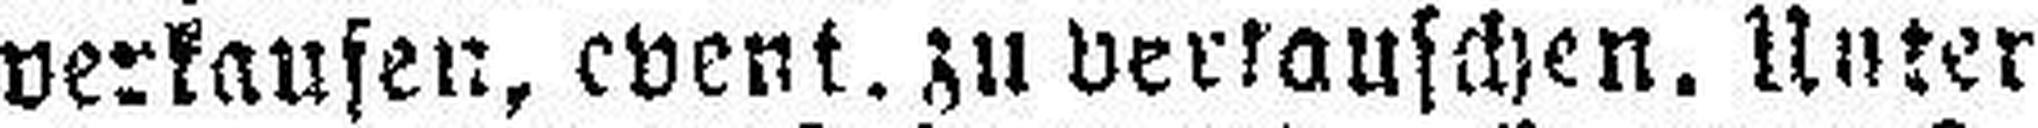
verkaufen, event. zu vertauschen. Unter